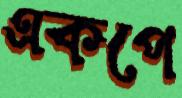
একপে